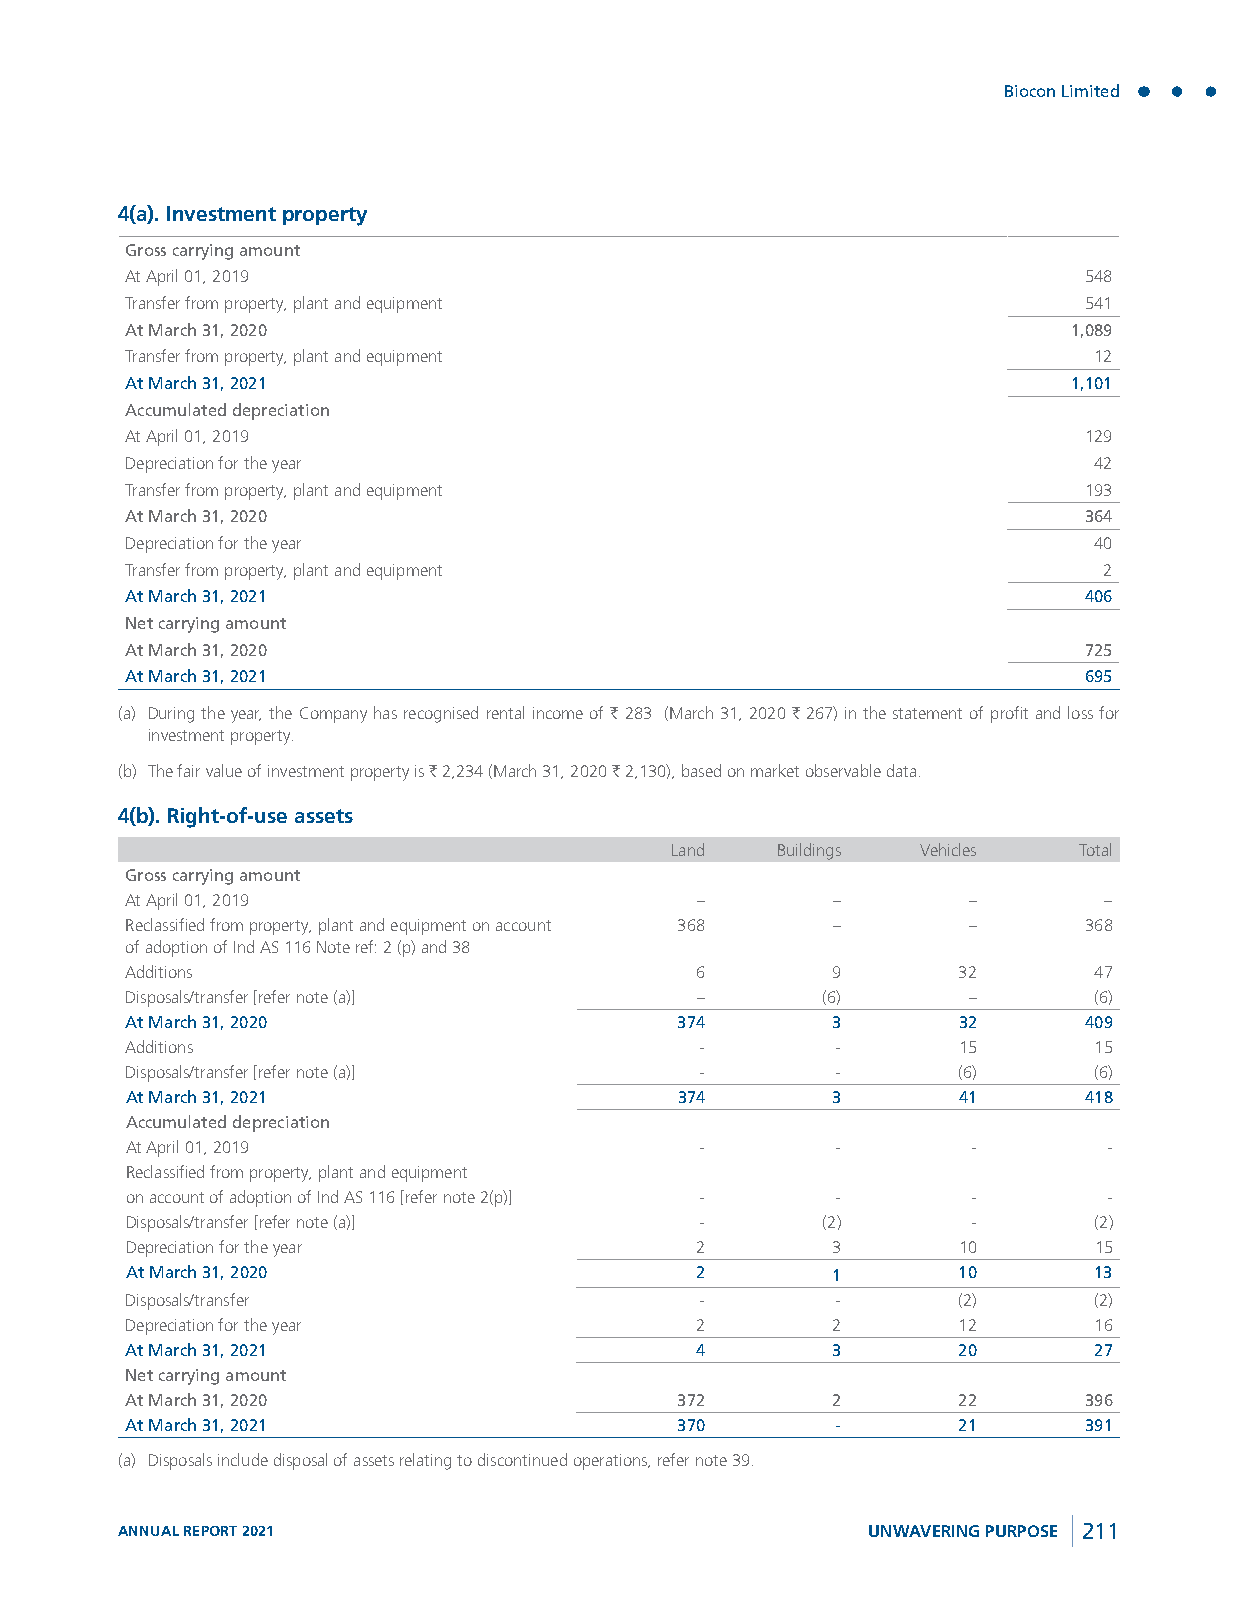
Biocon Limited
 4(a). Investment property
 Gross carrying amount
 At April 01, 2019                                               548
 Transfer from property, plant and equipment                     541
 At March 31, 2020                                              1,089
 Transfer from property, plant and equipment                     12
 At March 31, 2021                                              1,101
 Accumulated depreciation
 At April 01, 2019                                               129
 Depreciation for the year                                       42
 Transfer from property, plant and equipment                     193
 At March 31, 2020                                               364
 Depreciation for the year                                       40
 Transfer from property, plant and equipment                      2
 At March 31, 2021                                               406
 Net carrying amount
 At March 31, 2020                                               725
 At March 31, 2021                                               695
 (a) During the year, the Company has recognised rental income of ` 283 (March 31, 2020 ` 267) in the statement of profit and loss for
 investment property.
 (b) The fair value of investment property is ` 2,234 (March 31, 2020 ` 2,130), based on market observable data.
 4(b). Right-of-use assets
 Land   Buildings Vehicles  Total
 Gross carrying amount
 At April 01, 2019                     –        –        –        –
 Reclassified from property, plant and equipment on account 368 – – 368
 of adoption of Ind AS 116 Note ref: 2 (p) and 38
 Additions                             6        9       32       47
 Disposals/transfer [refer note (a)]   –       (6)       –       (6)
 At March 31, 2020                    374       3       32       409
 Additions                             -        -       15       15
 Disposals/transfer [refer note (a)]   -        -       (6)      (6)
 At March 31, 2021                    374       3       41       418
 Accumulated depreciation
 At April 01, 2019                     -        -        -        -
 Reclassified from property, plant and equipment
 on account of adoption of Ind AS 116 [refer note 2(p)] - - -     -
 Disposals/transfer [refer note (a)]   -       (2)       -       (2)
 Depreciation for the year             2        3       10       15
 At March 31, 2020                     2        1       10       13
 Disposals/transfer                    -        -       (2)      (2)
 Depreciation for the year             2        2       12       16
 At March 31, 2021                     4        3       20       27
 Net carrying amount
 At March 31, 2020                    372       2       22       396
 At March 31, 2021                    370       -       21       391
 (a) Disposals include disposal of assets relating to discontinued operations, refer note 39.
 ANNUAL REPORT 2021                               UNWAVERING PURPOSE 211